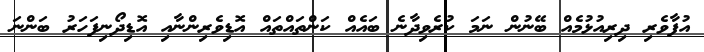
އުފާވެރި ދިރިއުޅުމެއް ބޭނުން ނަމަ ކުރެވިދާނެ ބައެއް ކަންތައްތައް އޮޑިވެރިންނާއި އޮޑިދޯނިފަހަރު ބަންނަ